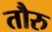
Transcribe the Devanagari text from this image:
तौरु